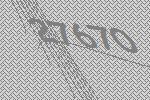
27670